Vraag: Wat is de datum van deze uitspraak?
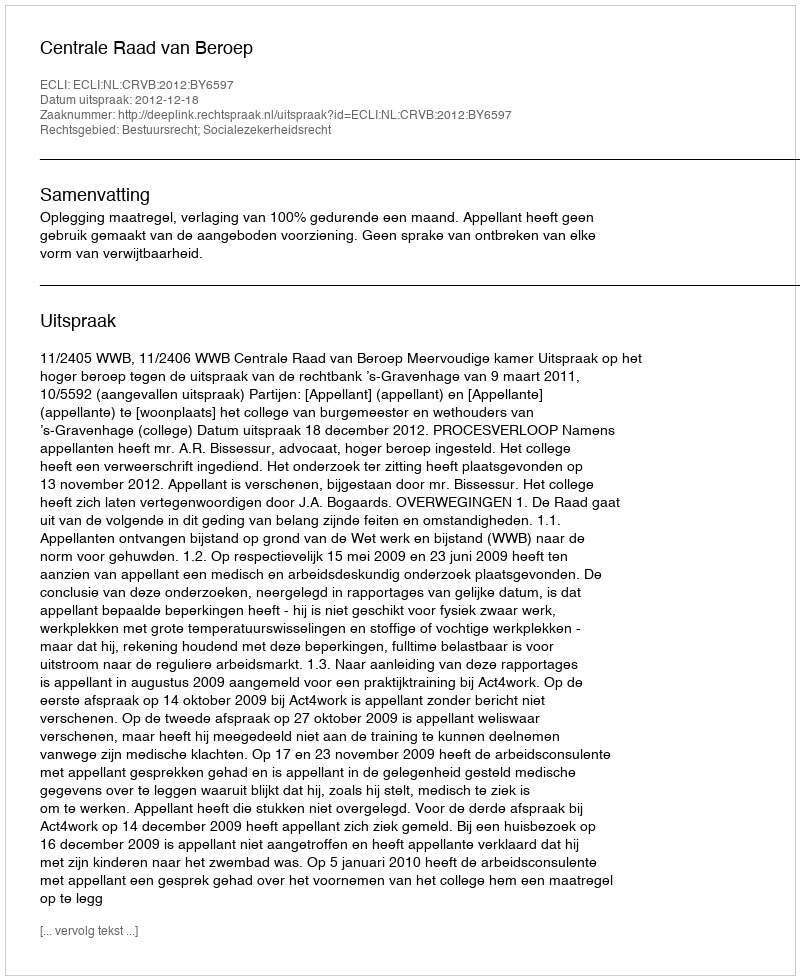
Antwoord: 2012-12-18